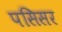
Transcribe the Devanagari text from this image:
पसिसर